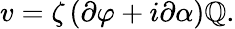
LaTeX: v=\zeta\left(\partial\varphi+i\partial\alpha\right)\mathbb{Q}.